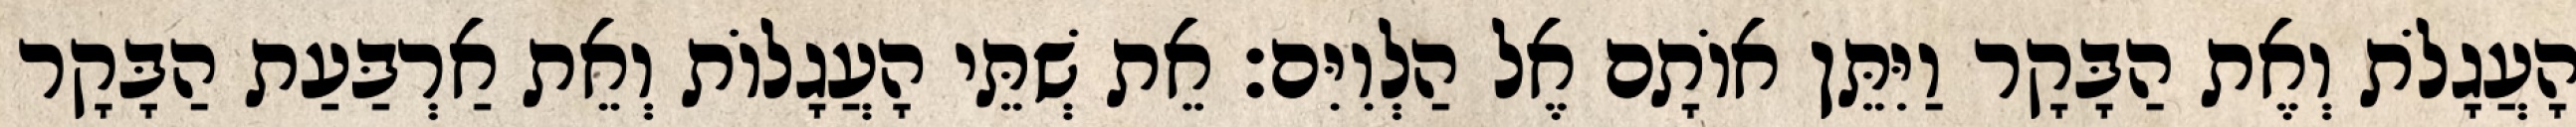
הָעֲגָלֹת וְאֶת הַבָּקָר וַיִּתֵּן אוֹתָם אֶל הַלְוִיִּם׃ אֵת שְׁתֵּי הָעֲגָלוֹת וְאֵת אַרְבַּעַת הַבָּקָר